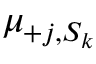
\mu _ { + j , S _ { k } }